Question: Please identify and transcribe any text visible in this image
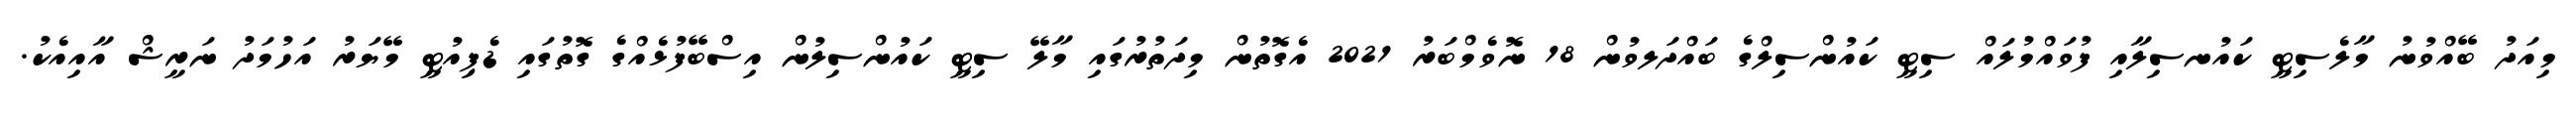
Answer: މިއަދު ބޭއްވުނު މާލެސިޓީ ކައުނސިލާއި ފުވައްމުލައް ސިޓީ ކައުންސިލްގެ ބައްދަލވުން 18 ނޮވެމްބަރު 2021 އެގޮތުން މިދަތުރުގައި މާލޭ ސިޓީ ކައުންސިލުން އިސްބޭފުޅެއްގެ ގޮތުގައި ޑެޕިއުޓީ މޭޔަރު އަހުމަދު ނަރީޝް އާއިއެކު.